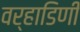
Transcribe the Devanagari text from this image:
वर्‍हाडिणी